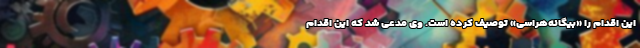
این اقدام را «بیگانه‌هراسی» توصیف کرده است. وی مدعی شد که این اقدام